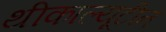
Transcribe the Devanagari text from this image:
थीकाल्यूटीन